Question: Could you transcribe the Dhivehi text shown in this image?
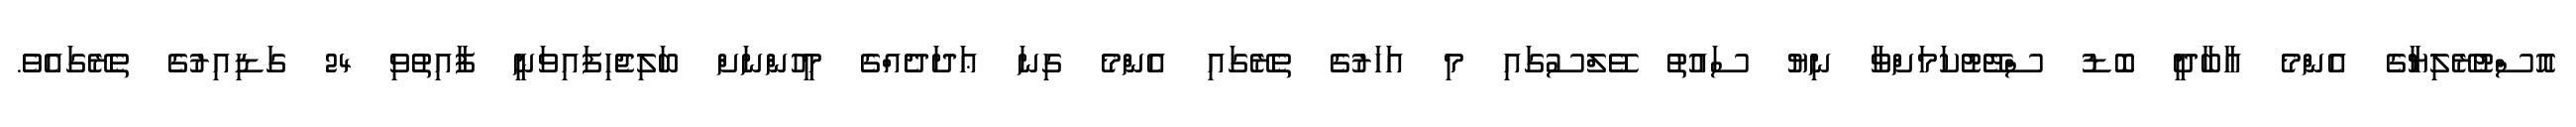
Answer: އޮސްޓުރޭލިޔާގެ އެންމެ އާބާދީ ބޮޑު ސްޓޭޓުކަމަށްވާ ނިޔު ސައުތު ވޭލްސުގައި މި އަހަރުގެ ތެރޭގައި އެންމެ ގިނަ ޢަދަދެއްގެ މީހުންނަށް ބަލިޖެހިފައިވަނީ ފާއިތުވި 24 ގަޑިއިރުގެ ތެރޭގައެވެ.